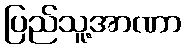
ပြည်သူ့အာဏာ